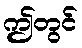
ဤတွင်